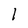
Character: 1